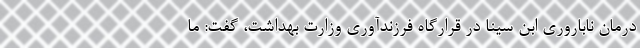
درمان ناباروری ابن سینا در قرارگاه فرزندآوری وزارت بهداشت، گفت: ما